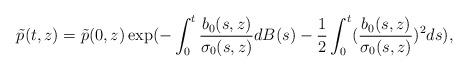
LaTeX: \begin{align*}\tilde{p}(t,z)=\tilde{p}(0,z) \exp(-\int_0^t \frac{b_0(s,z)}{\sigma_0(s,z)}dB(s) - \frac{1}{2} \int_0^t (\frac{b_0(s,z)}{\sigma_0(s,z)})^{2}ds),\end{align*}